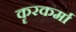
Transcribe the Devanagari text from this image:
कॄरकर्मा